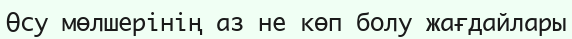
Өсу мөлшерінің аз не көп болу жағдайлары